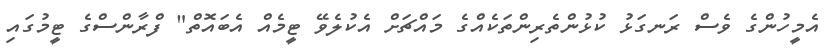
އެމީހުންގެ ވެސް ރަނގަޅު ކުޅުންތެރިންތަކެއްގެ މައްޗަށް އެކުލެވޭ ޓީމެއް އެބައޮތް" ފްރާންސްގެ ޓީމުގައި